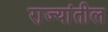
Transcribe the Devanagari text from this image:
रा़ज्यांतील